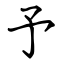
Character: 予